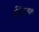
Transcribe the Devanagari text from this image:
शचिंद्रनाथ